Civil Veterinary Dept. Assam report 1927-50 - 1927-1950
Year: 1927
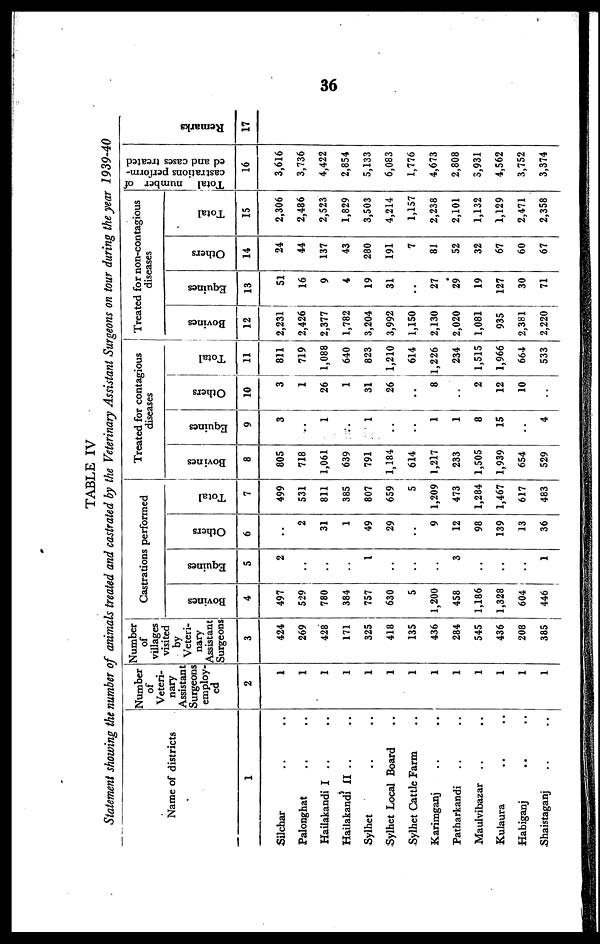
36
TABLE IV
Statement showing the number of animals treated and castrated by the Veterinary Assistant Surgeons on tour during the year 1939-40
Name of districts
1
Silchar .. ..
Palonghat .. ..
Hailakandi I .. ..
Hailakandi II .. ..
Sylhet .. ..
Sylhet Local Board ..
Sylhet Cattle Farm ..
Karimganj .. ..
Patharkandi .. ..
Maulvibazar .. ..
Kulaura .. ..
Habiganj .. ..
Shaistaganj .. ..
Number
of
Veteri-
nary
Assistant
Surgeons
employ-
ed
2
1
1
1
1
1
1
1
1
1
1
1
1
1
Number
of
villages
visited
by
Veteri-
nary
Assistant
Surgeons
3
424
269
428
171
325
418
135
436
284
545
436
208
385
Castrations performed
Bovines
4
497
529
780
384
757
630
5
1,200
458
1,186
1,328
604
446
Equines
5
2
..
..
..
1
..
..
..
3
..
..
..
1
Others
6
..
2
31
1
49
29
..
9
12
98
139
13
36
Total
7
499
531
811
385
807
659
5
1,209
473
1,284
1,467
617
483
Treated for contagious
diseases
Bovines
8
805
718
1,061
639
791
1,184
614
1,217
233
1,505
1,939
654
529
Equines
9
3
..
1
...
1
..
..
1
1
8
15
..
4
Others
10
3
1
26
1
31
26
..
8
..
2
12
10
..
Total
11
811
719
1,088
640
823
1,210
614
1,226
234
1,515
1,966
664
533
Treated for non-contagious
diseases
Bovines
12
2,231
2,426
2,377
1,782
3,204
3,992
1,150
2,130
2,020
1,081
935
2,381
2,220
Equines
i
13
51
16
9
4
19
31
..
27
29
19
127
30
71
Others
14
24
44
137
43
280
191
7
81
52
32
67
60
67
Total
15
2,306
2,486
2,523
1,829
3,503
4,214
1,157
2,238
2,101
1,132
1,129
2,471
2,358
Total number of
castrations perform-
ed and cases treated
16
3,616
3,736
4,422
2,854
5,133
6,083
1,776
4,673
2,808
3,931
4,562
3,752
3,374
Remarks
17